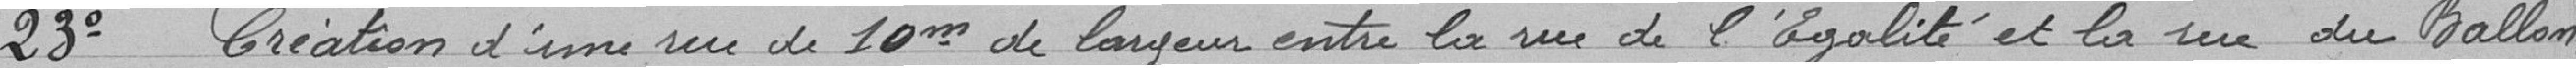
23° Création d'une rue de 10 mètres de largeur entre la rue de l'Egalité et la rue du Ballon,